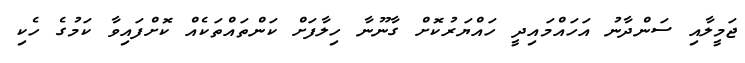
ޖަމީލާއި ސަންދާނު އަހައްމައިދީ ހައްޔަރުކޮށް ގާނޫނާ ހިލާފަށް ކަންތައްތަކެއް ކޮށްފައިވާ ކަމުގެ ހެކި